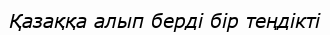
Қазаққа алып берді бір теңдікті